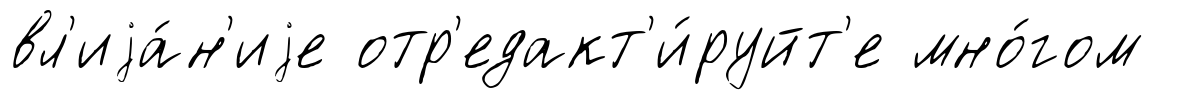
вл'иjа́н'иjе отр'едакт'и́руйт'е мно́гом